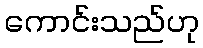
ကောင်းသည်ဟု